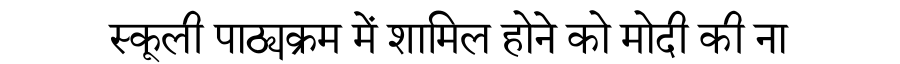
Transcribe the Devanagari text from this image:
स्कूली पाठ्यक्रम में शामिल होने को मोदी की ना